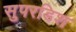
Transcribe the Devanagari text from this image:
सुपरडिश